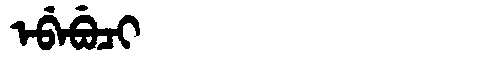
Manchu: ᡝᠪᡝᠪᡠᠴᡳ
Romanization: EBEBUCI